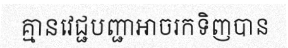
គ្មានវេជ្ជបញ្ជាអាចរកទិញបាន